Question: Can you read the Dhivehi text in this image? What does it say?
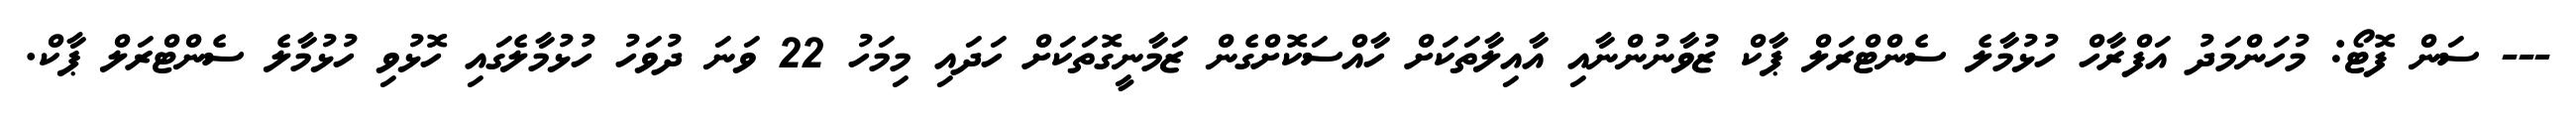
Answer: --- ސަން ފޮޓޯ: މުހަންމަދު އަފްރާހް ހުޅުމާލެ ސެންޓްރަލް ޕާކް ޒުވާނުންނާއި އާއިލާތަކަށް ހާއްސަކޮށްގެން ޒަމާނީގޮތަކަށް ހަދައި މިމަހު 22 ވަނަ ދުވަހު ހުޅުމާލެގައި ހޮޅުވި ހުޅުމާލެ ސެންޓްރަލް ޕާކް.